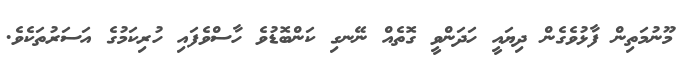
މޫނުމަތިން ފާޅުވެގެން ދިޔައީ ހަދަންވީ ގޮތެއް ނޭނގި ކަންބޮޑުވެ ހާސްވެފައި ހުރިކަމުގެ އަސަރުތަކެވެ.